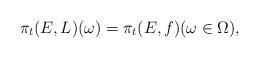
LaTeX: \begin{align*}\pi_t(E, L)(\omega)=\pi_t(E, f)(\omega\in \Omega),\end{align*}